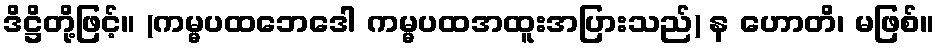
ဒိဋ္ဌိတို့ဖြင့်။ (ကမ္မပထဘေဒေါ ကမ္မပထအထူးအပြားသည်) န ဟောတိ၊ မဖြစ်။